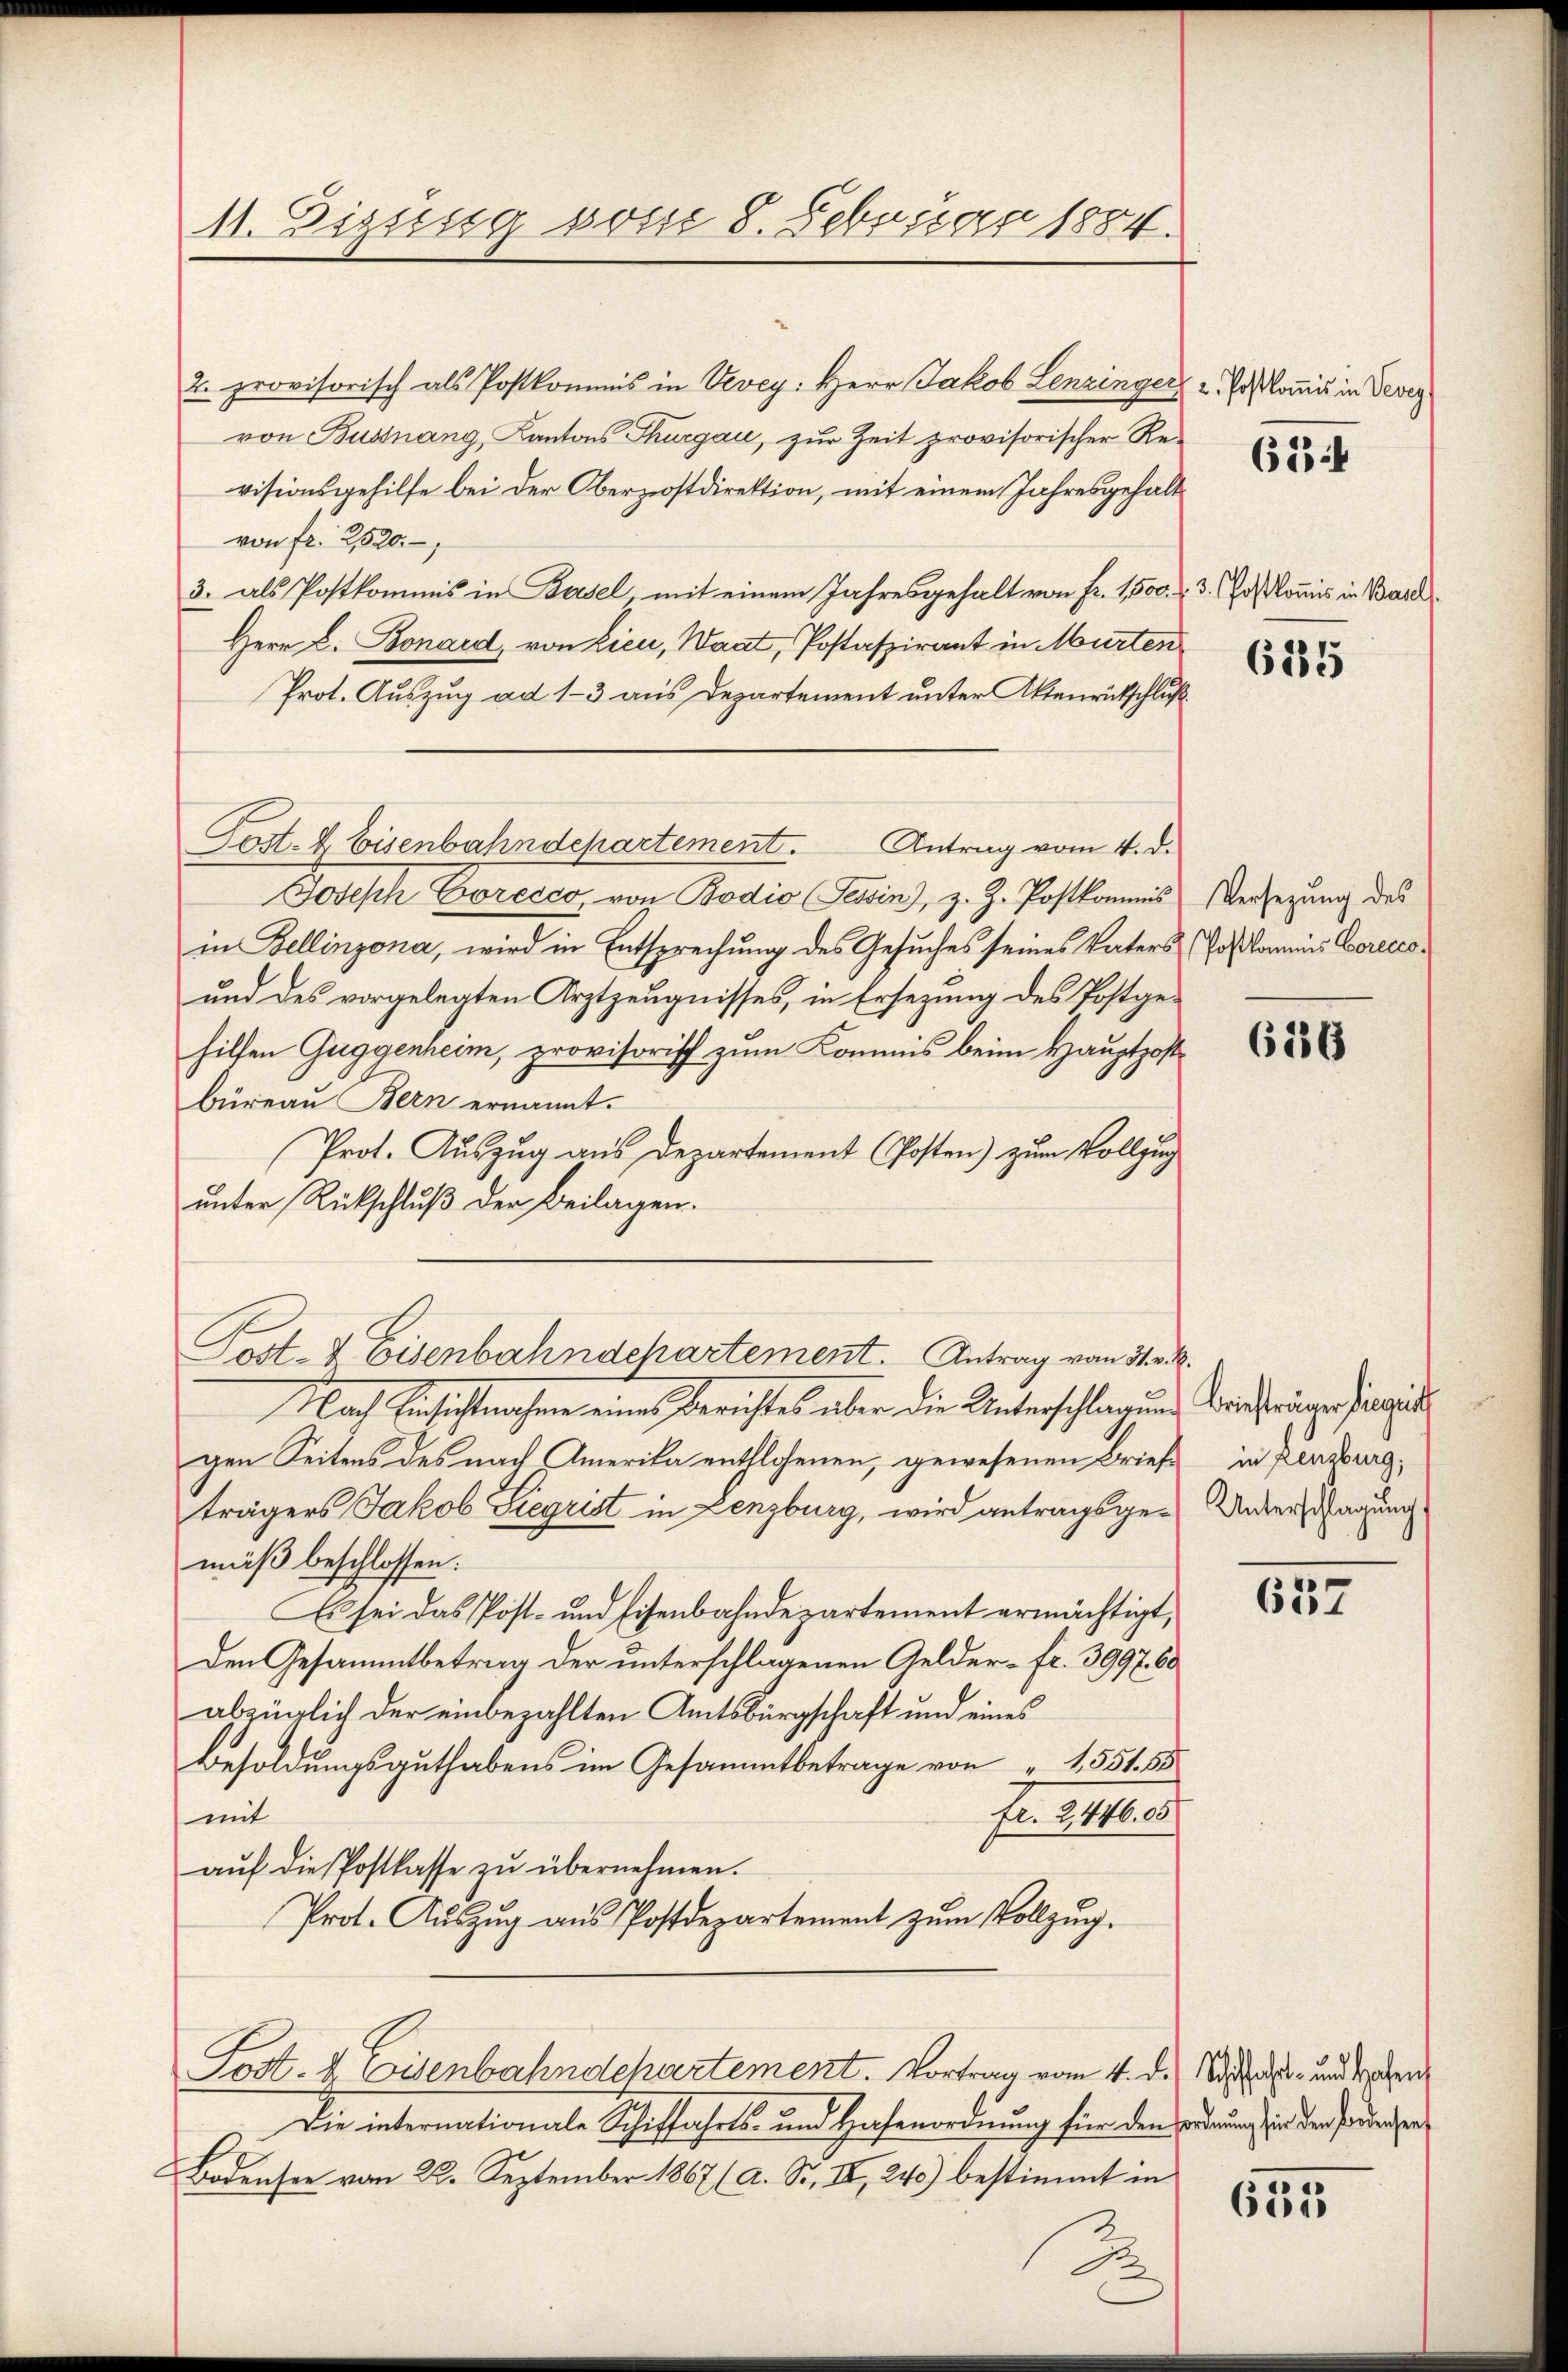
41. Eizung vom 8. Februar 1884.

2. provisorisch als Postkommis in Vevey: Herr Jakob Lenzinger
von Bussnang, Kantons Thurgau, zŭr Zeit provisorischer Re-
visionsgehilfe bei der Oberziostdirektion, mit einem Jahresgehält
von fr. 2520.
3. als Postkommis in Basel, mit einem Jahresgehalt von Fr. 1500.
Herr L. Bonard, von Lieu, Waat, Postaspirant in Murten
Prot. Auszug ad 1-3 aus Departement unter Aktenrütschluß¬
Joseph Eoresco, von Bodio Tessin, z. Z. Postkommis
in Bellinzona, wird in Entsprechung des Gesuches seines Vaters
und des vorgelegten Arztzeugnisses, in Ersezung des Postgehilfen Guggenheim, provisorisch zum Kommis beim Hauptpost
büreau Bern ernannt.
Prot. Auszug aus Departement Posten) zum Vollzug
unter Rückschluß der Beilagen.
Post- & Eisenbahndchartement. Antrag vom 31. v. M.
Nach Einsichtnahme eine Gerichtes über die Unterschlagung brieferinger singet
gen Seitens des nach Amerika entflohenen, gewesenen Briefe
trägers Jakob Siegrist in Lenzburg, wird antragsgemuß beschlossen:
Es sei das Post- und Eisenbahndepartement ermächtigt,
Den Gesammtbetrag der unterschlagenen Gelder- fr. 3997. 60
abzüglich der einbezahlten Amtsbürgschaft und eines
Besoldungsguthabens im Gesammtbetrage von 1551. 55.
Fr. 21446. 5
mit
aŭf die Postkasse zŭ übernehmen.
Prot. Auszug aus Postdepartement zum Vollzug.
Post. 4 Eisenbahndchartement. Vortrag vom 4. d. M. und den
Die internationale Schiffahrts- und Hafenordnung für den ordnung in den Fordenser
Bodensee vom 22. September 1867 (a. Sr. II, 240) bestimmt in

Post- & Eisenbahndepartement. Antrag vom 4. d.

2

2. Postkomis in Vevey

624

3. Postkommis in Baul

615

Versezung des
Postkommis Corecco

686

in Lenzburg,
Unterschlagung

637

631